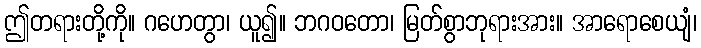
ဤတရားတို့ကို။ ဂဟေတွာ၊ ယူ၍။ ဘဂဝတော၊ မြတ်စွာဘုရားအား။ အာရောစေယျံ၊